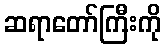
ဆရာတော်ကြီးကို